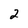
Character: 2